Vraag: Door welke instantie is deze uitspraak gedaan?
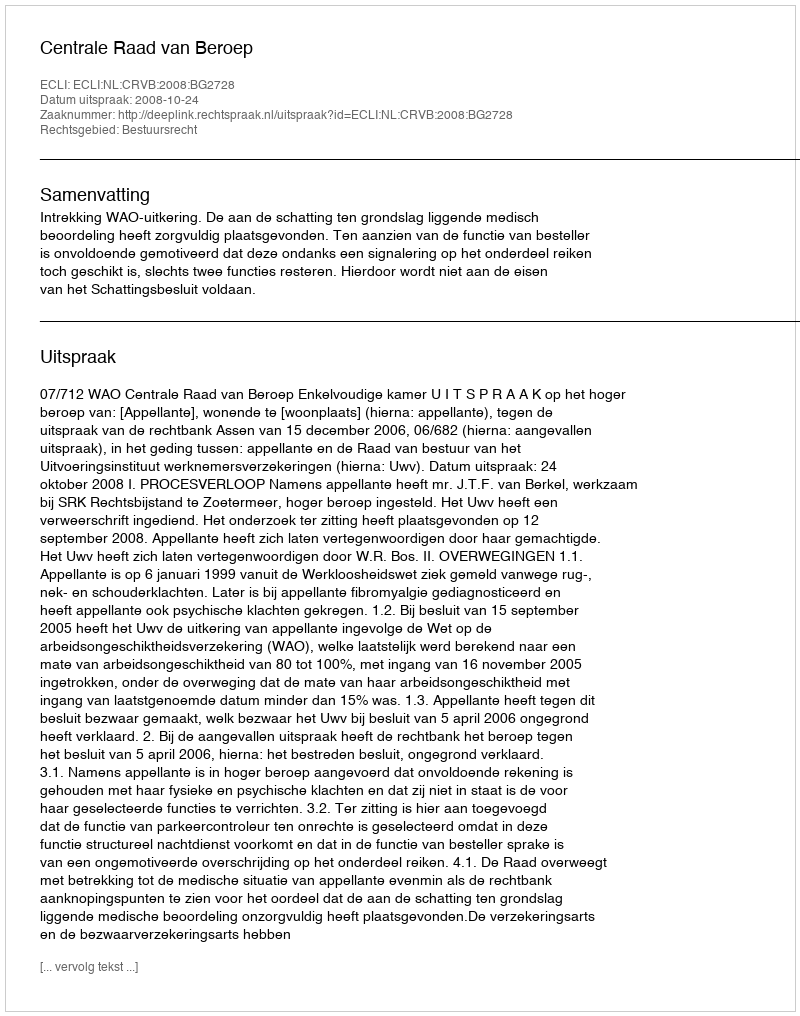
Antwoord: Centrale Raad van Beroep